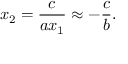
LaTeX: x _ { 2 } = { \frac { c } { a x _ { 1 } } } \approx - { \frac { c } { b } } .